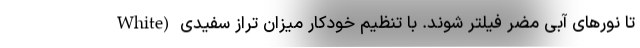
تا نورهای آبی مضر فیلتر شوند. با تنظیم خودکار میزان تراز سفیدی (White